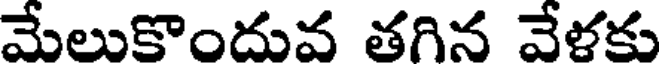
మేలుకొందువ తగిన వేళకు